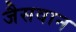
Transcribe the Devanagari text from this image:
जैसवान